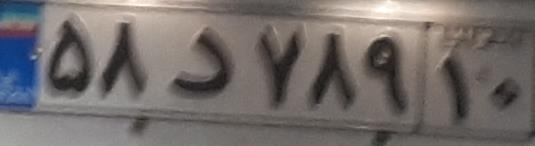
۵۸د۷۸۹۱۰